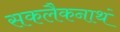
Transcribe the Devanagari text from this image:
सकलैकनाथं